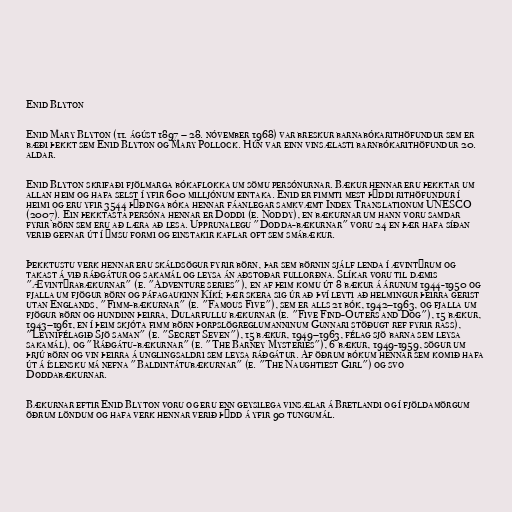
Enid Blyton

Enid Mary Blyton (11. ágúst 1897 – 28. nóvember 1968) var breskur barnabókarithöfundur sem er
bæði þekkt sem Enid Blyton og Mary Pollock. Hún var einn vinsælasti barnbókarithöfundur 20.
aldar.

Enid Blyton skrifaði fjölmarga bókaflokka um sömu persónurnar. Bækur hennar eru þekktar um
allan heim og hafa selst í yfir 600 milljónum eintaka. Enid er fimmti mest þýddi rithöfundur í
heimi og eru yfir 3544 þýðinga bóka hennar fáanlegar samkvæmt Index Translationum UNESCO
(2007). Ein þekktasta persóna hennar er Doddi (e. Noddy), en bækurnar um hann voru samdar
fyrir börn sem eru að læra að lesa. Upprunalegu "Dodda-bækurnar" voru 24 en þær hafa síðan
verið gefnar út í ýmsu formi og einstakir kaflar oft sem smábækur.

Þekktustu verk hennar eru skáldsögur fyrir börn, þar sem börnin sjálf lenda í ævintýrum og
takast á við ráðgátur og sakamál og leysa án aðstoðar fullorðna. Slíkar voru til dæmis
"Ævintýrabækurnar" (e. "Adventure series"), en af þeim komu út 8 bækur á árunum 1944-1950 og
fjalla um fjögur börn og páfagaukinn Kíkí; þær skera sig úr að því leyti að helmingur þeirra gerist
utan Englands, "Fimm-bækurnar" (e. "Famous Five"), sem er alls 21 bók, 1942–1963, og fjalla um
fjögur börn og hundinn þeirra, Dularfullu bækurnar (e. "Five Find-Outers and Dog"), 15 bækur,
1943–1961, en í þeim skjóta fimm börn þorpslögreglumanninum Gunnari stöðugt ref fyrir rass),
"Leynifélagið Sjö saman" (e. "Secret Seven"), 15 bækur, 1949–1963, félag sjö barna sem leysa
sakamál), og "Ráðgátu-bækurnar" (e. "The Barney Mysteries"), 6 bækur, 1949-1959, sögur um
þrjú börn og vin þeirra á unglingsaldri sem leysa ráðgátur. Af öðrum bókum hennar sem komið hafa
út á íslensku má nefna "Baldintátubækurnar" (e. "The Naughtiest Girl") og svo
Doddabækurnar.

Bækurnar eftir Enid Blyton voru og eru enn geysilega vinsælar á Bretlandi og í fjöldamörgum
öðrum löndum og hafa verk hennar verið þýdd á yfir 90 tungumál.